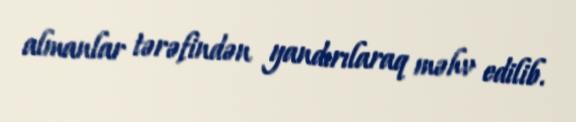
almanlar tərəfindən yandırılaraq məhv edilib.